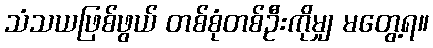
သံသယဖြစ်ဖွယ် တစ်စုံတစ်ဦးကိုမျှ မတွေ့ရ။